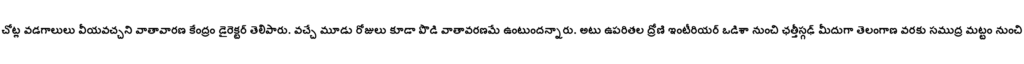
చోట్ల వడగాలులు వీయవచ్చని వాతావారణ కేంద్రం డైరెక్టర్ తెలిపారు. వచ్చే మూడు రోజులు కూడా పొడి వాతావరణమే ఉంటుందన్నారు. అటు ఉపరితల ద్రోణి ఇంటీరియర్ ఒడిశా నుంచి ఛత్తీస్గఢ్ మీదుగా తెలంగాణ వరకు సముద్ర మట్టం నుంచి